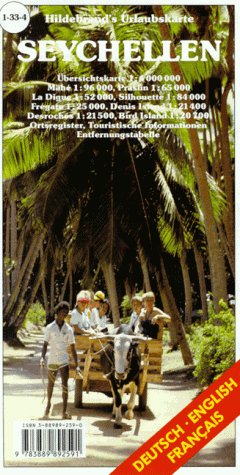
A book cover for Hildebrand's Travel Map: Seychelles (Hildebrand's Africa / Indian Ocean Travel Map); Travel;